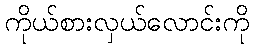
ကိုယ်စားလှယ်လောင်းကို